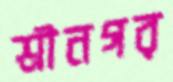
শ্রীনগর